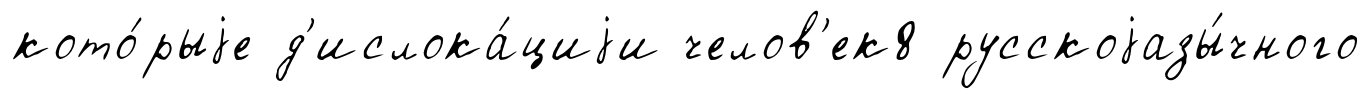
кото́рыjе д'ислока́циjи челов'ек8 русскоjазы́чного